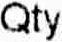
QTY